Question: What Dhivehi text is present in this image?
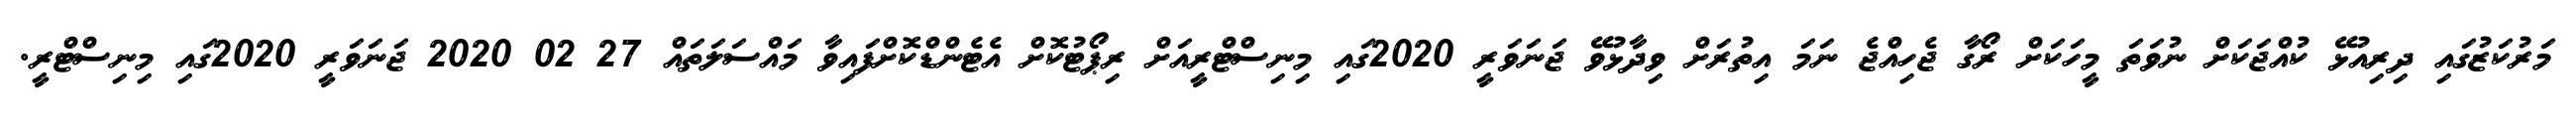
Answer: މަރުކަޒުގައި ދިރިއުޅޭ ކުއްޖަކަށް ނުވަތަ މީހަކަށް ރޯގާ ޖެހިއްޖެ ނަމަ އިތުރަށް ވިދާޅުވޭ ޖަނަވަރީ 2020ގައި މިނިސްޓްރީއަށް ރިޕޯޓުކޮށް އެޓެންޑްކޮށްފައިވާ މައްސަލަތައް 27 02 2020 ޖަނަވަރީ 2020ގައި މިނިސްޓްރީ.